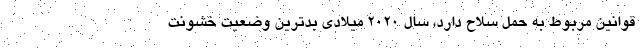
قوانین مربوط به حمل سلاح دارد، سال ۲۰۲۰ میلادی بدترین وضعیت خشونت